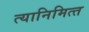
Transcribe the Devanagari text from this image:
त्‍यानिमित्‍त